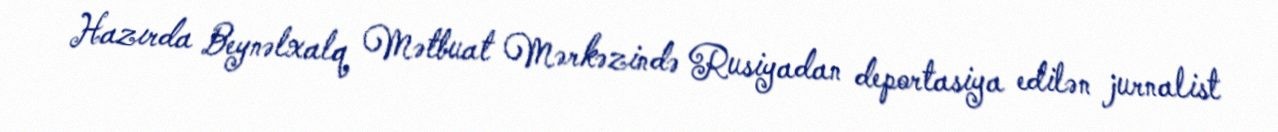
Hazırda Beynəlxalq Mətbuat Mərkəzində Rusiyadan deportasiya edilən jurnalist